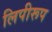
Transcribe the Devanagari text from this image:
लिपीरूप